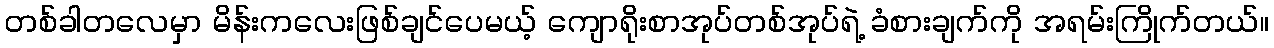
တစ်ခါတလေမှာ မိန်းကလေးဖြစ်ချင်ပေမယ့် ကျောရိုးစာအုပ်တစ်အုပ်ရဲ့ ခံစားချက်ကို အရမ်းကြိုက်တယ်။